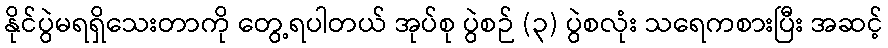
နိုင်ပွဲမရရှိသေးတာကို တွေ့ရပါတယ် အုပ်စု ပွဲစဉ် (၃) ပွဲစလုံး သရေကစားပြီး အဆင့်